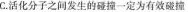
C.活化分子之间发生的碰撞一定为有效碰撞